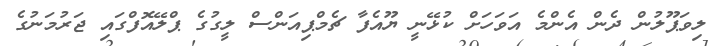
ލިވަޕޫލުން ދެން އެންމެ އަވަހަށް ކުޅޭނީ ޔޫއެފާ ޗެމްޕިއަންސް ލީގުގެ ޕްލޭއޮފްގައި ޖަރުމަނުގެ